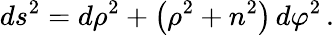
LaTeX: ds^{2}=d\rho^{2}+\left(\rho^{2}+n^{2}\right)\, d\varphi^{2}\, .